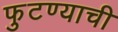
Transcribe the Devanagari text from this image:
फुटण्याची